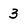
Character: 3